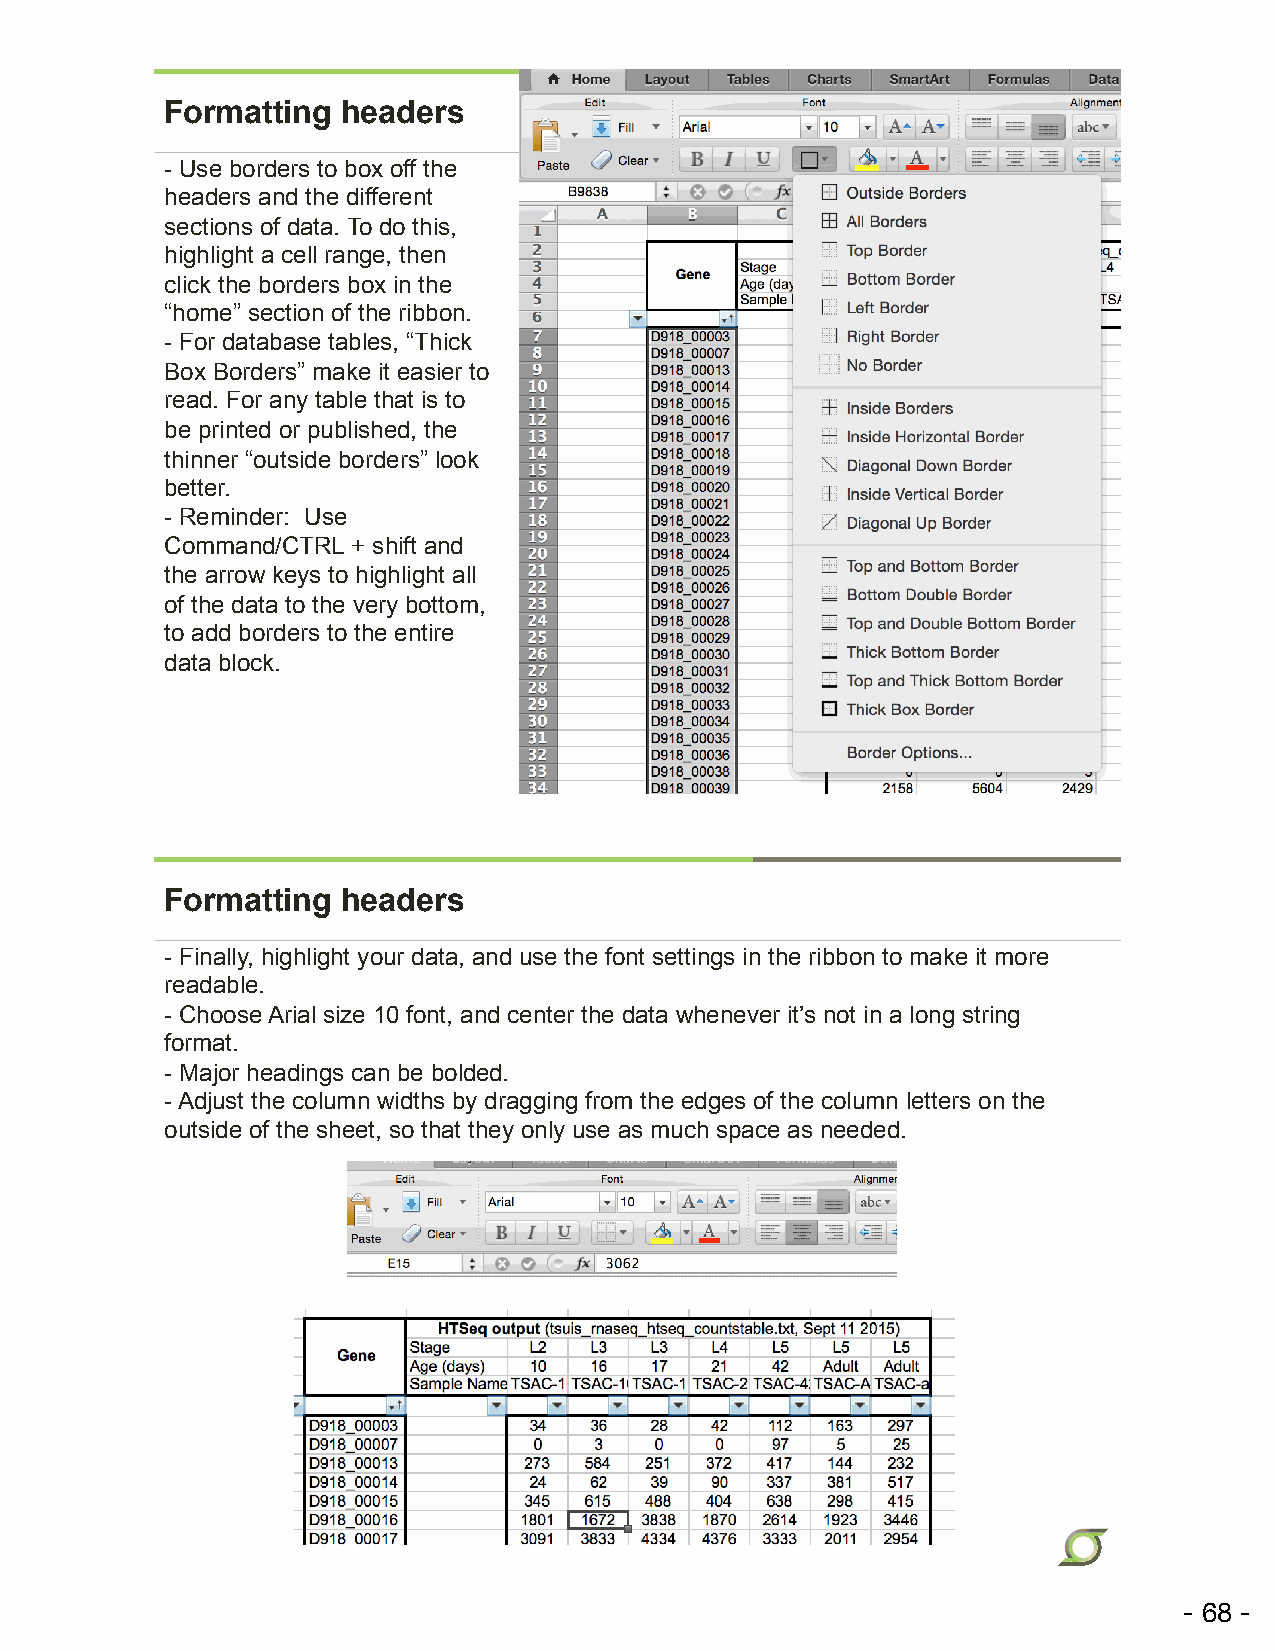
Formatting  headers
 - Use borders to box off the
 headers and the different
 sections of data. To do this,
 highlight a cell range, then
 click the borders box in the
 “home” section of the ribbon.
 - For database tables, “Thick
 Box Borders” make it easier to
 read. For any table that is to
 be printed or published, the
 thinner “outside borders” look
 better.
 - Reminder: Use
 Command/CTRL + shift and
 the arrow keys to highlight all
 of the data to the very bottom,
 to add borders to the entire
 data block.
 Formatting  headers
 - Finally, highlight your data, and use the font settings in the ribbon to make it more
 readable.
 - Choose Arial size 10 font, and center the data whenever it’s not in a long string
 format.
 - Major headings can be bolded.
 - Adjust the column widths by dragging from the edges of the column letters on the
 outside of the sheet, so that they only use as much space as needed.